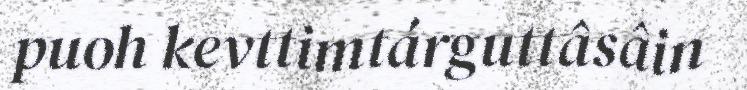
puoh kevttimtárguttâsâin